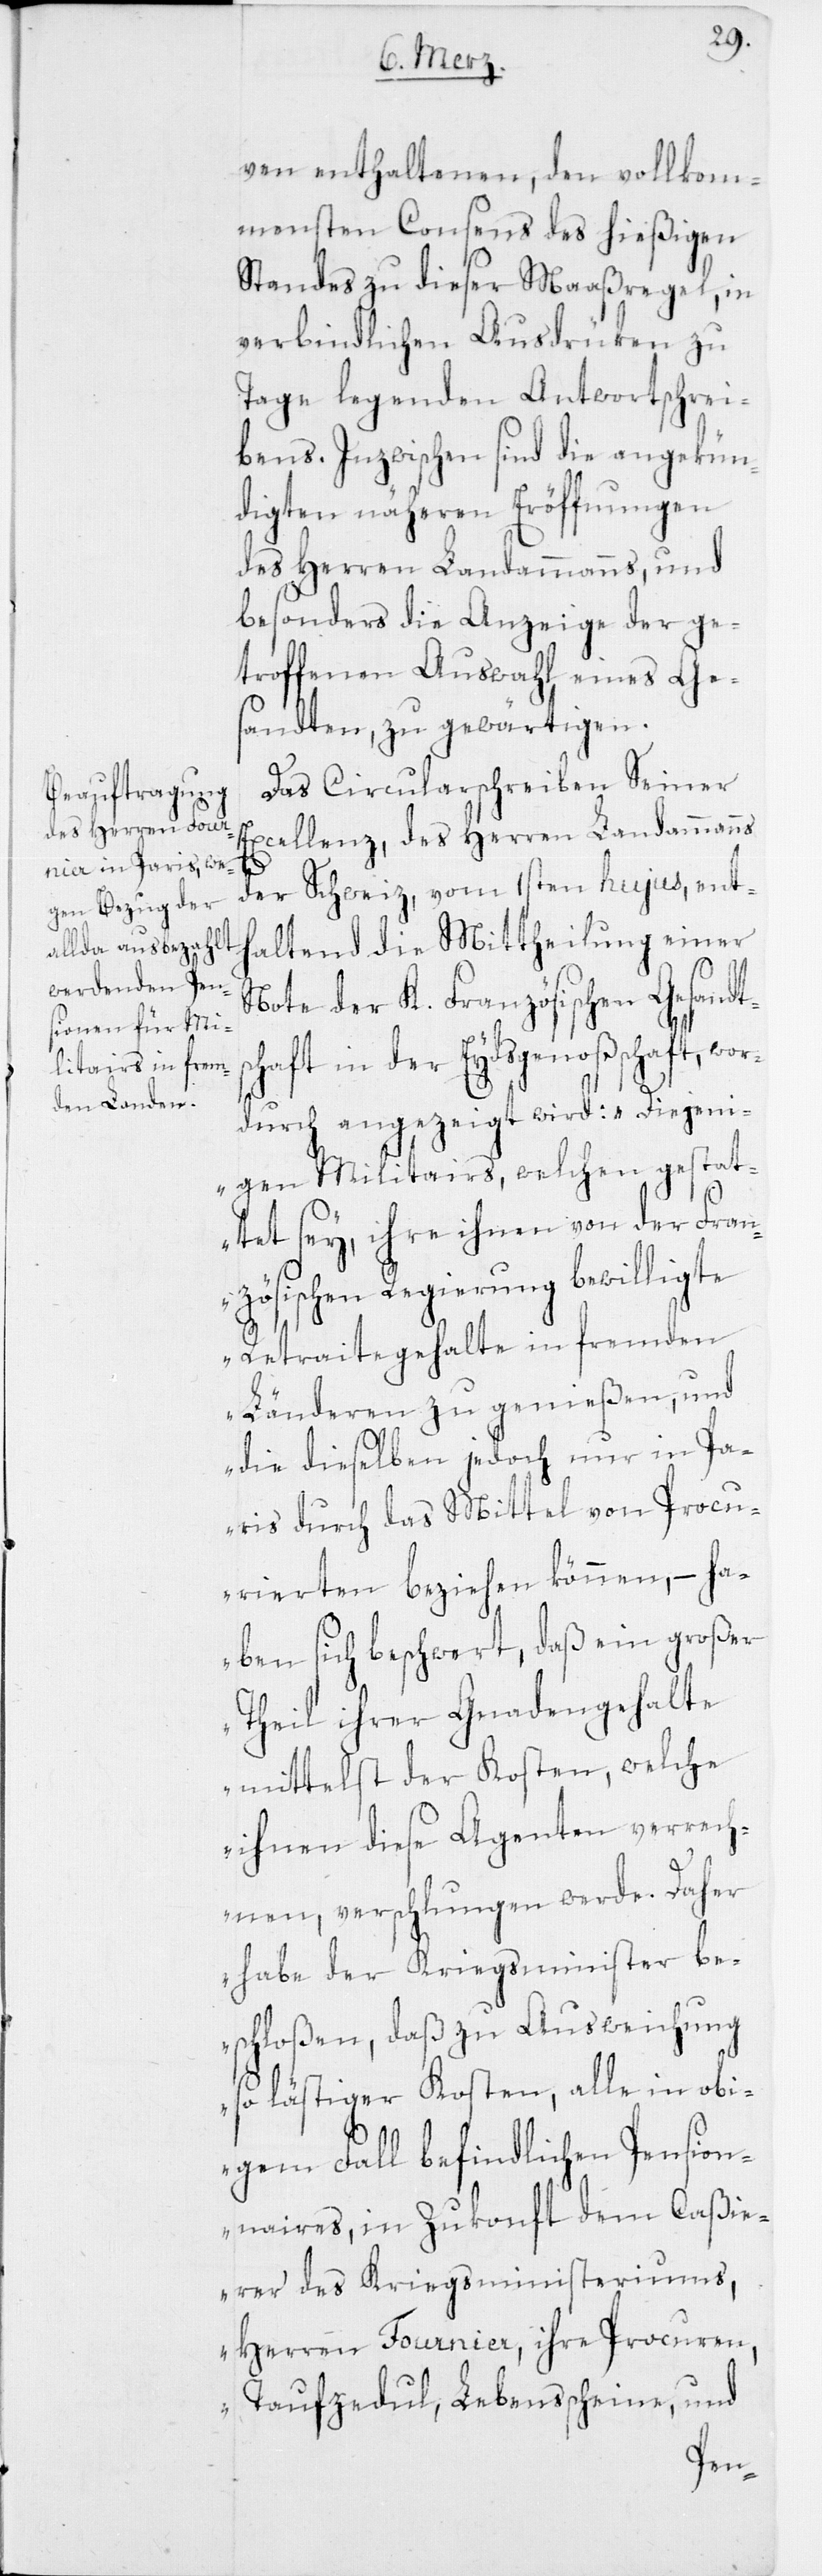
ven enthaltenen, den vollkom¬
mensten Consens des hießigen
Standes zu dieser Maaßregel, in
verbindlichen Ausdrüken zu
Tage legenden Antwortschrei¬
bens. Inzwischen sind die angekün¬
digten näheren Eröffnungen
des Herren Landammanns, und
besonders die Anzeige der ge¬
troffenen Auswahl eines Ge¬
sandten, zu gewärtigen.
Das Circularschreiben Seiner
Excellenz, des Herren Landammanns
der Schweiz, vom 1sten hujus, ent¬
haltend die Mittheilung einer
Note der K. Französischen Gesandts¬
chaft in der Eydsgenoßschaft, wo¬
rdurch angezeigt wird: „Diejeni¬
gen Militairs, welchen gestat¬
tet sey, ihre ihnen von der Fran¬
zösischen Regierung bewilligte
Retraitegehalte in fremden
Länderen zu genießen, und
die dieselben jedoch nur in Pa¬
ris durch das Mittel von Procu¬
rierten beziehen können, – ha¬
ben sich beschwert, daß ein großer
Theil ihrer Gnadengehalte
mittelst der Kosten, welche
ihnen diese Agenten verrech¬
nen, verschlungen werde. Daher
habe der Kriegsminister be¬
schloßen, daß zu Ausweichung
so lästiger Kosten, alle in obi¬
gem Fall befindlichen Pension¬
aires, in Zukonft dem Caßie¬
rer des Kriegsministeriums,
Herren Fournier, ihre Procuren,
Taufzedul, Lebensscheine, und